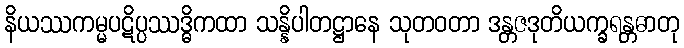
နိယဿကမ္မပဋိပ္ပဿဒ္ဓိကထာ သန္နိပါတဋ္ဌာနေ သုတဝတာ ဒန္တဇဒုတိယက္ခရန္တဓာတု